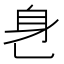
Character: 𬼧